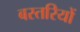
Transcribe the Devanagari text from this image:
बस्तरियों